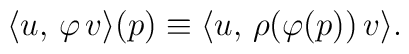
\langle u,\, \varphi\, v \rangle (p) \equiv \langle u,\, \rho(\varphi(p))\,v\rangle.